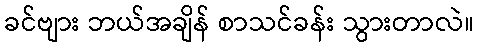
ခင်ဗျား ဘယ်အချိန် စာသင်ခန်း သွားတာလဲ။